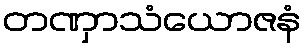
တဏှာသံယောဇနံ